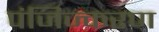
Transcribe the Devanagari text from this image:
पंजिज्करण